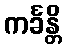
ကင်္ခန္တိ